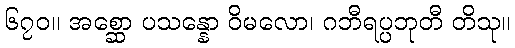
၆၇၀။ အစ္ဆော ပသန္နော ဝိမလော၊ ဂဘီရပ္ပဘုတီ တိသု။